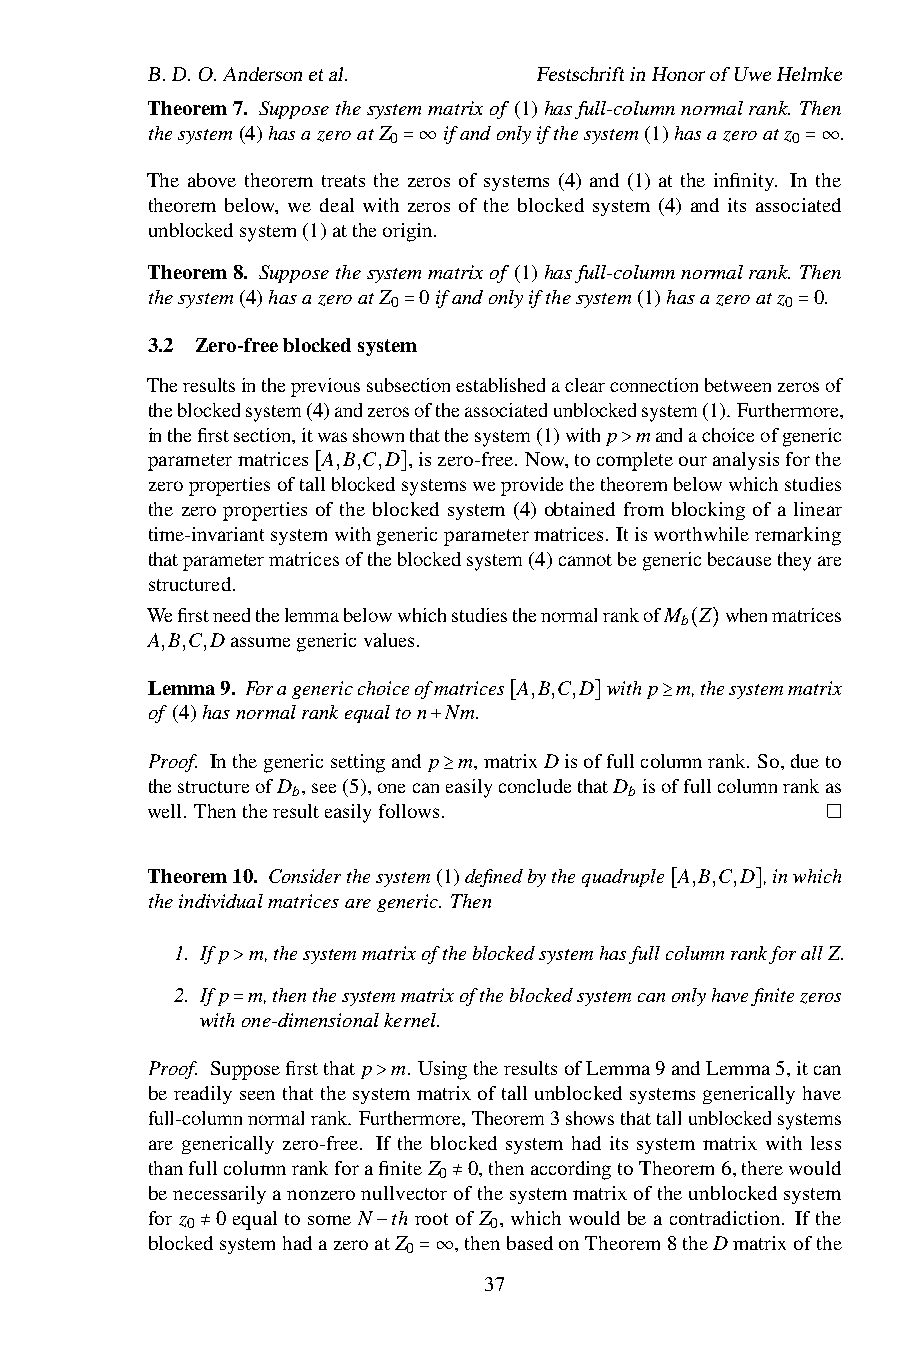
B.D.O.Andersonetal.       FestschriftinHonorofUweHelmke
 Theorem7. Supposethesystemmatrixof (1)hasfull-columnnormalrank. Then
 thesystem(4)hasazeroatZ ifandonlyifthesystem(1)hasazeroatz .
 0                         0
 The above theorem treats the=ze∞ros of systems (4) and (1) at the infinity. In=t∞he
 theorem below, we deal with zeros of the blocked system (4) and its associated
 unblockedsystem(1)attheorigin.
 Theorem8. Supposethesystemmatrixof (1)hasfull-columnnormalrank. Then
 thesystem(4)hasazeroatZ 0ifandonlyifthesystem(1)hasazeroatz 0.
 0                         0
 3.2 Zero-freeblockedsystem=                =
 Theresultsintheprevioussubsectionestablishedaclearconnectionbetweenzerosof
 theblockedsystem(4)andzerosoftheassociatedunblockedsystem(1).Furthermore,
 inthefirstsection,itwasshownthatthesystem(1)withp mandachoiceofgeneric
 parametermatrices A,B,C,D ,iszero-free. Now,tocompleteouranalysisforthe
 zeropropertiesoftallblockedsystemsweprovidethethe>orembelowwhichstudies
 the zero properties[of the blo]cked system (4) obtained from blocking of a linear
 time-invariantsystemwithgenericparametermatrices. Itisworthwhileremarking
 thatparametermatricesoftheblockedsystem(4)cannotbegenericbecausetheyare
 structured.
 WefirstneedthelemmabelowwhichstudiesthenormalrankofM Z whenmatrices
 b
 A,B,C,Dassumegenericvalues.
 ( )
 Lemma9. Foragenericchoiceofmatrices A,B,C,D withp m,thesystemmatrix
 of (4)hasnormalrankequalton Nm.
 [    ]    ≥
 Proof. Inthegenericsettingand p+ m,matrixDisoffullcolumnrank. So,dueto
 thestructureofD ,see(5),onecaneasilyconcludethatD isoffullcolumnrankas
 b                      b
 well. Thentheresulteasilyfollows.≥
 Theorem10. Considerthesystem(1)definedbythequadruple A,B,C,D ,inwhich
 theindividualmatricesaregeneric. Then
 [     ]
 1. If p m,thesystemmatrixoftheblockedsystemhasfullcolumnrankforallZ.
 2. If p>m,thenthesystemmatrixoftheblockedsystemcanonlyhavefinitezeros
 withone-dimensionalkernel.
 =
 Proof. Supposefirstthat p m. UsingtheresultsofLemma9andLemma5,itcan
 bereadilyseenthatthesystemmatrixoftallunblockedsystemsgenericallyhave
 full-columnnormalrank. Fu>rthermore,Theorem3showsthattallunblockedsystems
 are generically zero-free. If the blocked system had its system matrix with less
 thanfullcolumnrankforafiniteZ 0,thenaccordingtoTheorem6,therewould
 0
 benecessarilyanonzeronullvectorofthesystemmatrixoftheunblockedsystem
 forz 0equaltosomeN throot≠ofZ , whichwouldbeacontradiction. Ifthe
 0                   0
 blockedsystemhadazeroatZ ,thenbasedonTheorem8theDmatrixofthe
 0
 ≠           −
 =∞  37